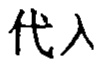
代入